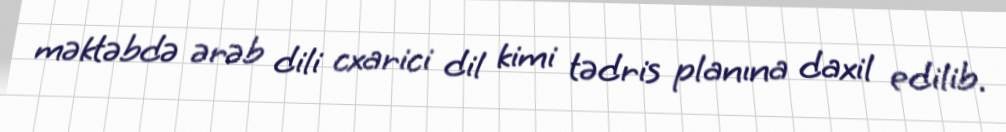
məktəbdə ərəb dili cxarici dil kimi tədris planına daxil edilib.